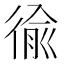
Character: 𢔢